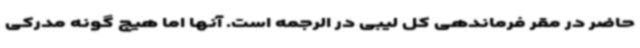
حاضر در مقر فرماندهی کل لیبی در الرجمه است. آنها اما هیچ گونه مدرکی